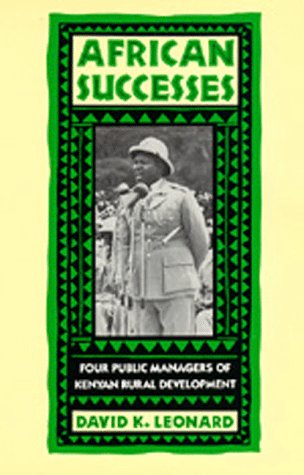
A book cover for African Successes: Four Public Managers of Kenyan Rural Development; David K. Leonard; History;